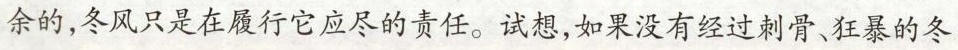
余的，冬风只是在履行它应尽的责任。试想，如果没有经过刺骨、狂暴的冬